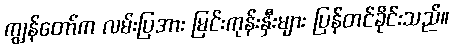
ကျွန်တော်က လမ်းပြအား မြင်းကုန်းနှီးများ ပြန်တင်ခိုင်းသည်။